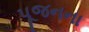
પૂજનના